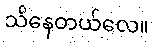
သိနေတယ်လေ။